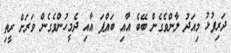
ދަރިފުޅު މިއަދު ލާންވެގެން ބޭބެ އާއި ބައްޕަ އާއި ދެމީހުންވެގެން ވަރަށް ރީތި